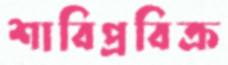
শাবিপ্রবিক্র